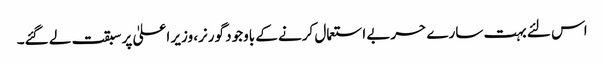
اس لئے بہت سارے حربے استعمال کرنے کے باوجود گورنر، وزیر اعلیٰ پر سبقت لے گئے۔